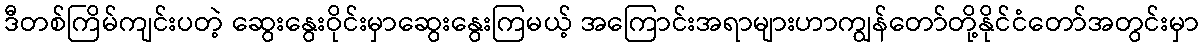
ဒီတစ်ကြိမ်ကျင်းပတဲ့ ဆွေးနွေးဝိုင်းမှာဆွေးနွေးကြမယ့် အကြောင်းအရာများဟာကျွန်တော်တို့နိုင်ငံတော်အတွင်းမှာ